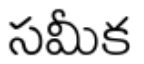
సమీక